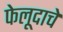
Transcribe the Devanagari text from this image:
फेलूदाचे